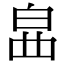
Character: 𤽚